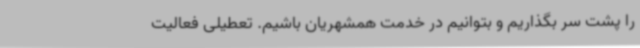
را پشت سر بگذاریم و بتوانیم در خدمت همشهریان باشیم. تعطیلی فعالیت